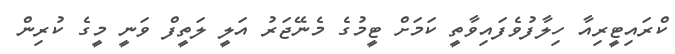
ކްރައިޓީރިއާ ހިލާފުވެފައިވާތީ ކަމަށް ޓީމުގެ މެނޭޖަރު އަލީ ލަތީފް ވަނީ މީގެ ކުރިން